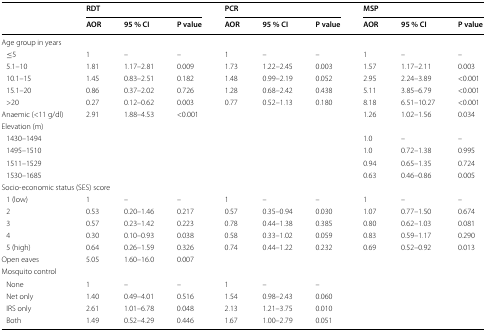
<table><thead><tr><td rowspan="2"></td><td colspan="3"><b>RDT</b></td><td colspan="3"><b>PCR</b></td><td colspan="3"><b>MSP</b></td></tr><tr><td><b>AOR</b></td><td><b>95 % CI</b></td><td><b>P value</b></td><td><b>AOR</b></td><td><b>95 % CI</b></td><td><b>P value</b></td><td><b>AOR</b></td><td><b>95 % CI</b></td><td><b>P value</b></td></tr></thead><tbody><tr><td colspan="10">Age group in years</td></tr><tr><td> ≤5</td><td>1</td><td>–</td><td>–</td><td>1</td><td>–</td><td>–</td><td>1</td><td>–</td><td>–</td></tr><tr><td> 5.1–10</td><td>1.81</td><td>1.17–2.81</td><td>0.009</td><td>1.73</td><td>1.22–2.45</td><td>0.003</td><td>1.57</td><td>1.17–2.11</td><td>0.003</td></tr><tr><td> 10.1–15</td><td>1.45</td><td>0.83–2.51</td><td>0.182</td><td>1.48</td><td>0.99–2.19</td><td>0.052</td><td>2.95</td><td>2.24–3.89</td><td>&lt;0.001</td></tr><tr><td> 15.1–20</td><td>0.86</td><td>0.37–2.02</td><td>0.726</td><td>1.28</td><td>0.68–2.42</td><td>0.438</td><td>5.11</td><td>3.85–6.79</td><td>&lt;0.001</td></tr><tr><td> &gt;20</td><td>0.27</td><td>0.12–0.62</td><td>0.003</td><td>0.77</td><td>0.52–1.13</td><td>0.180</td><td>8.18</td><td>6.51–10.27</td><td>&lt;0.001</td></tr><tr><td>Anaemic (&lt;11 g/dl)</td><td>2.91</td><td>1.88–4.53</td><td>&lt;0.001</td><td colspan="3"></td><td>1.26</td><td>1.02–1.56</td><td>0.034</td></tr><tr><td colspan="10">Elevation (m)</td></tr><tr><td> 1430–1494</td><td rowspan="4" colspan="6"></td><td>1.0</td><td>–</td><td>–</td></tr><tr><td> 1495–1510</td><td>1.0</td><td>0.72–1.38</td><td>0.995</td></tr><tr><td> 1511–1529</td><td>0.94</td><td>0.65–1.35</td><td>0.724</td></tr><tr><td> 1530–1685</td><td>0.63</td><td>0.46–0.86</td><td>0.005</td></tr><tr><td colspan="10">Socio-economic status (SES) score</td></tr><tr><td> 1 (low)</td><td>1</td><td>–</td><td>–</td><td>1</td><td>–</td><td>–</td><td>1</td><td>–</td><td>–</td></tr><tr><td> 2</td><td>0.53</td><td>0.20–1.46</td><td>0.217</td><td>0.57</td><td>0.35–0.94</td><td>0.030</td><td>1.07</td><td>0.77–1.50</td><td>0.674</td></tr><tr><td> 3</td><td>0.57</td><td>0.23–1.42</td><td>0.223</td><td>0.78</td><td>0.44–1.38</td><td>0.385</td><td>0.80</td><td>0.62–1.03</td><td>0.081</td></tr><tr><td> 4</td><td>0.30</td><td>0.10–0.93</td><td>0.038</td><td>0.58</td><td>0.33–1.02</td><td>0.059</td><td>0.83</td><td>0.59–1.17</td><td>0.290</td></tr><tr><td> 5 (high)</td><td>0.64</td><td>0.26–1.59</td><td>0.326</td><td>0.74</td><td>0.44–1.22</td><td>0.232</td><td>0.69</td><td>0.52–0.92</td><td>0.013</td></tr><tr><td>Open eaves</td><td>5.05</td><td>1.60–16.0</td><td>0.007</td><td colspan="6"></td></tr><tr><td colspan="10">Mosquito control</td></tr><tr><td> None</td><td>1</td><td>–</td><td>–</td><td>1</td><td>–</td><td>–</td><td rowspan="4" colspan="3"></td></tr><tr><td> Net only</td><td>1.40</td><td>0.49–4.01</td><td>0.516</td><td>1.54</td><td>0.98–2.43</td><td>0.060</td></tr><tr><td> IRS only</td><td>2.61</td><td>1.01–6.78</td><td>0.048</td><td>2.13</td><td>1.21–3.75</td><td>0.010</td></tr><tr><td> Both</td><td>1.49</td><td>0.52–4.29</td><td>0.446</td><td>1.67</td><td>1.00–2.79</td><td>0.051</td></tr></tbody></table>